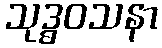
သုဒ္ဓဝသနာ